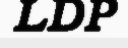
LDP